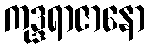
ကုဒ္ဒရာဇာနော